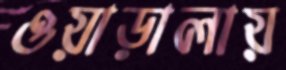
ওয়াড়ালায়